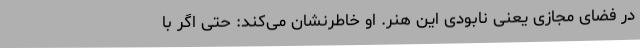
در فضای مجازی یعنی نابودی این هنر. او خاطرنشان می‌کند: حتی اگر با